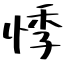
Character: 悸